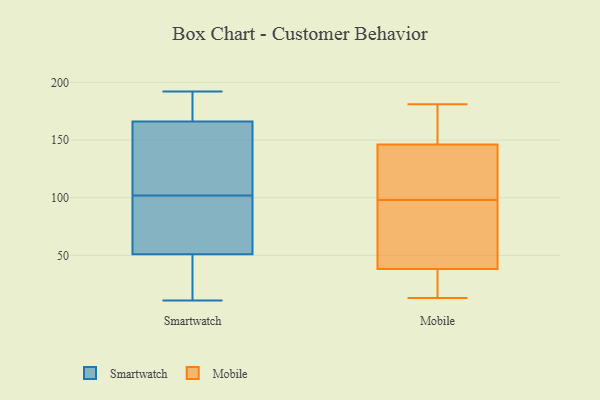
{"axis": {"x": "Conversion Rate (%)", "y": "Value"}, "legend": ["Mobile", "Smartwatch"], "data": [{"x": "", "y": 32, "type": "Smartwatch"}, {"x": "", "y": 173, "type": "Smartwatch"}, {"x": "", "y": 166, "type": "Smartwatch"}, {"x": "", "y": 51, "type": "Smartwatch"}, {"x": "", "y": 83, "type": "Smartwatch"}, {"x": "", "y": 192, "type": "Smartwatch"}, {"x": "", "y": 134, "type": "Smartwatch"}, {"x": "", "y": 11, "type": "Smartwatch"}, {"x": "", "y": 121, "type": "Smartwatch"}, {"x": "", "y": 72, "type": "Smartwatch"}, {"x": "", "y": 102, "type": "Mobile"}, {"x": "", "y": 43, "type": "Mobile"}, {"x": "", "y": 13, "type": "Mobile"}, {"x": "", "y": 117, "type": "Mobile"}, {"x": "", "y": 145, "type": "Mobile"}, {"x": "", "y": 150, "type": "Mobile"}, {"x": "", "y": 98, "type": "Mobile"}, {"x": "", "y": 14, "type": "Mobile"}, {"x": "", "y": 165, "type": "Mobile"}, {"x": "", "y": 27, "type": "Mobile"}, {"x": "", "y": 181, "type": "Mobile"}, {"x": "", "y": 86, "type": "Mobile"}, {"x": "", "y": 42, "type": "Mobile"}]}